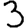
Digit: 3